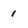
Character: 1